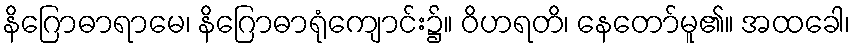
နိဂြောဓာရာမေ၊ နိဂြောဓာရုံကျောင်း၌။ ဝိဟရတိ၊ နေတော်မူ၏။ အထခေါ၊